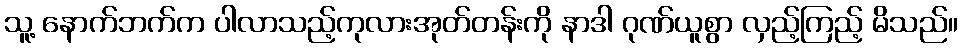
သူ့ နောက်ဘက်က ပါလာသည့်ကုလားအုတ်တန်းကို နာဒါ ဂုဏ်ယူစွာ လှည့်ကြည့် မိသည်။